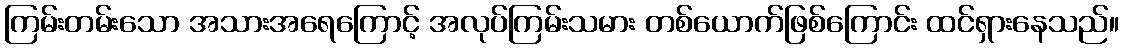
ကြမ်းတမ်းသော အသားအရေကြောင့် အလုပ်ကြမ်းသမား တစ်ယောက်ဖြစ်ကြောင်း ထင်ရှားနေသည်။